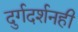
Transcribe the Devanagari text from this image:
दुर्गदर्शनही